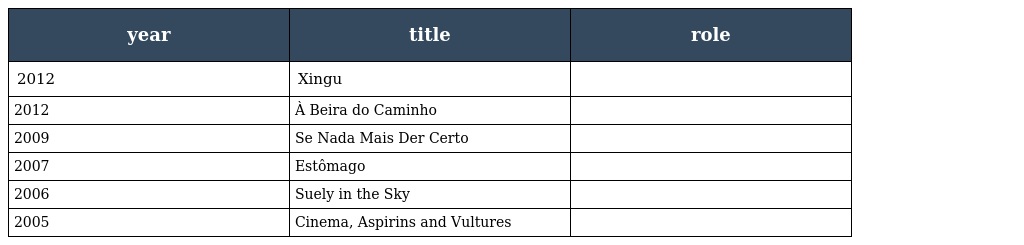
| year | title | role |
 | --- | --- | --- |
 | 2012 | Xingu |  |
 | 2012 | À Beira do Caminho |  |
 | 2009 | Se Nada Mais Der Certo |  |
 | 2007 | Estômago |  |
 | 2006 | Suely in the Sky |  |
 | 2005 | Cinema, Aspirins and Vultures |  |